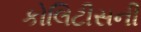
કોલિટીસની